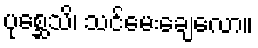
ပုစ္ဆေသိ၊ သင်မေးချေလော။